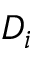
D _ { i }